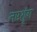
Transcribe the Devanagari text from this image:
नष्टश्रृंग